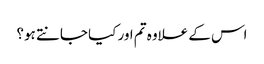
اس کے علاوہ تم اور کیا جانتے ہو؟